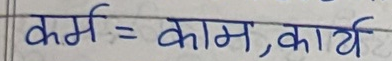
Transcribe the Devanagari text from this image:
कर्म = काम, कार्य